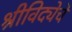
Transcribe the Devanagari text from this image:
श्रीविद्येचे